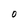
Character: O